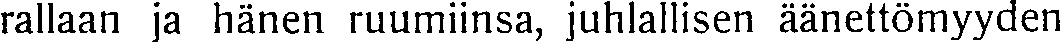
rallaan ja hänen ruumiinsa, juhlallisen äänettömyyden